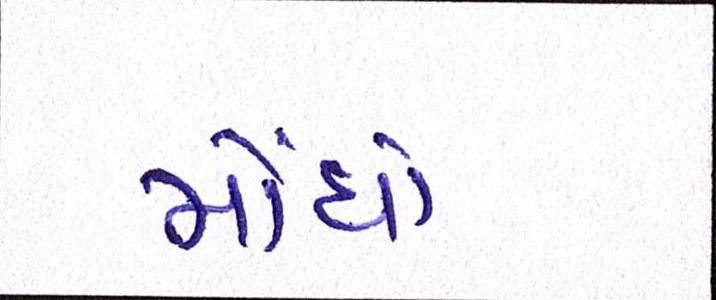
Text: મોંધો